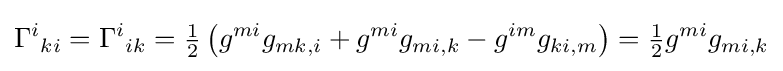
{\Gamma ^{i}}_{ki}={\Gamma ^{i}}_{ik}={\tfrac {1}{2}}\left(g^{mi}g_{mk,i}+g^{mi}g_{mi,k}-g^{im}g_{ki,m}\right)={\tfrac {1}{2}}g^{mi}g_{mi,k}